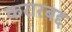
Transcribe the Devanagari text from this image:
करारबद्द